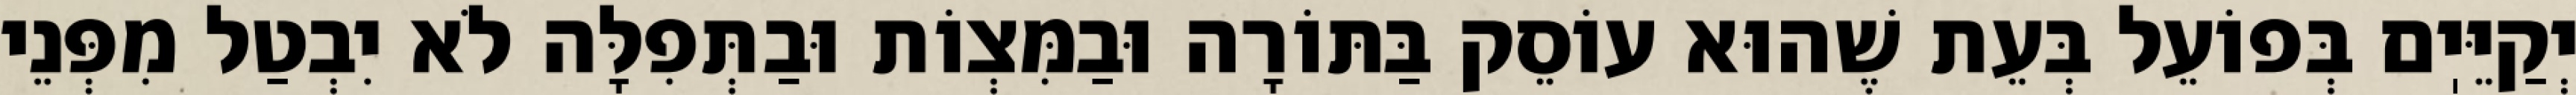
יְקַיֵּיֽם בְּפוֹעֵל בְּעֵת שֶׁהוּא עוֹסֵק בַּתּוֹרָה וּבַמִּצְוֹת וּבַתְּפִלָּה לֹא יִבְטַל מִפְּנֵי